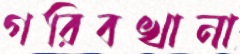
গরিবখানা